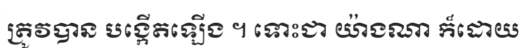
ត្រូវបាន បង្កើតឡើង ។ ទោះជា យ៉ាងណា ក៏ដោយ